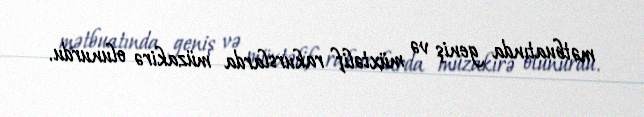
mətbuatında geniş və müxtəlif rakurslarda müzakirə olunurdu.